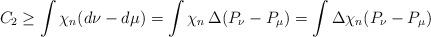
LaTeX: \begin{align*}C_2 \ge \int \chi_n ( d\nu - d\mu) = \int \chi_n \, \Delta (P_\nu-P_\mu) = \int \Delta \chi_n (P_\nu - P_\mu) \end{align*}